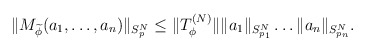
\begin{align*}\Vert M_{\widetilde{\phi}}(a_1, \ldots, a_n ) \Vert_{S_p^N} \leq \Vert T_{\phi}^{(N)} \Vert \Vert a_1 \Vert_{S_{p_1}^N} \ldots \Vert a_n \Vert_{S_{p_n}^N}.\end{align*}